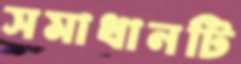
সমাধানটি